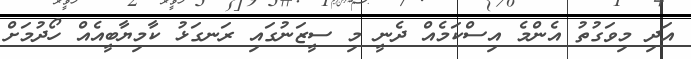
އަދި މިވަގުތު އެންމެ އިސްކަމެއް ދެނީ މި ސީޒަނުގައި ރަނގަޅު ކާމިޔާބީއެއް ހޯދުމަށް